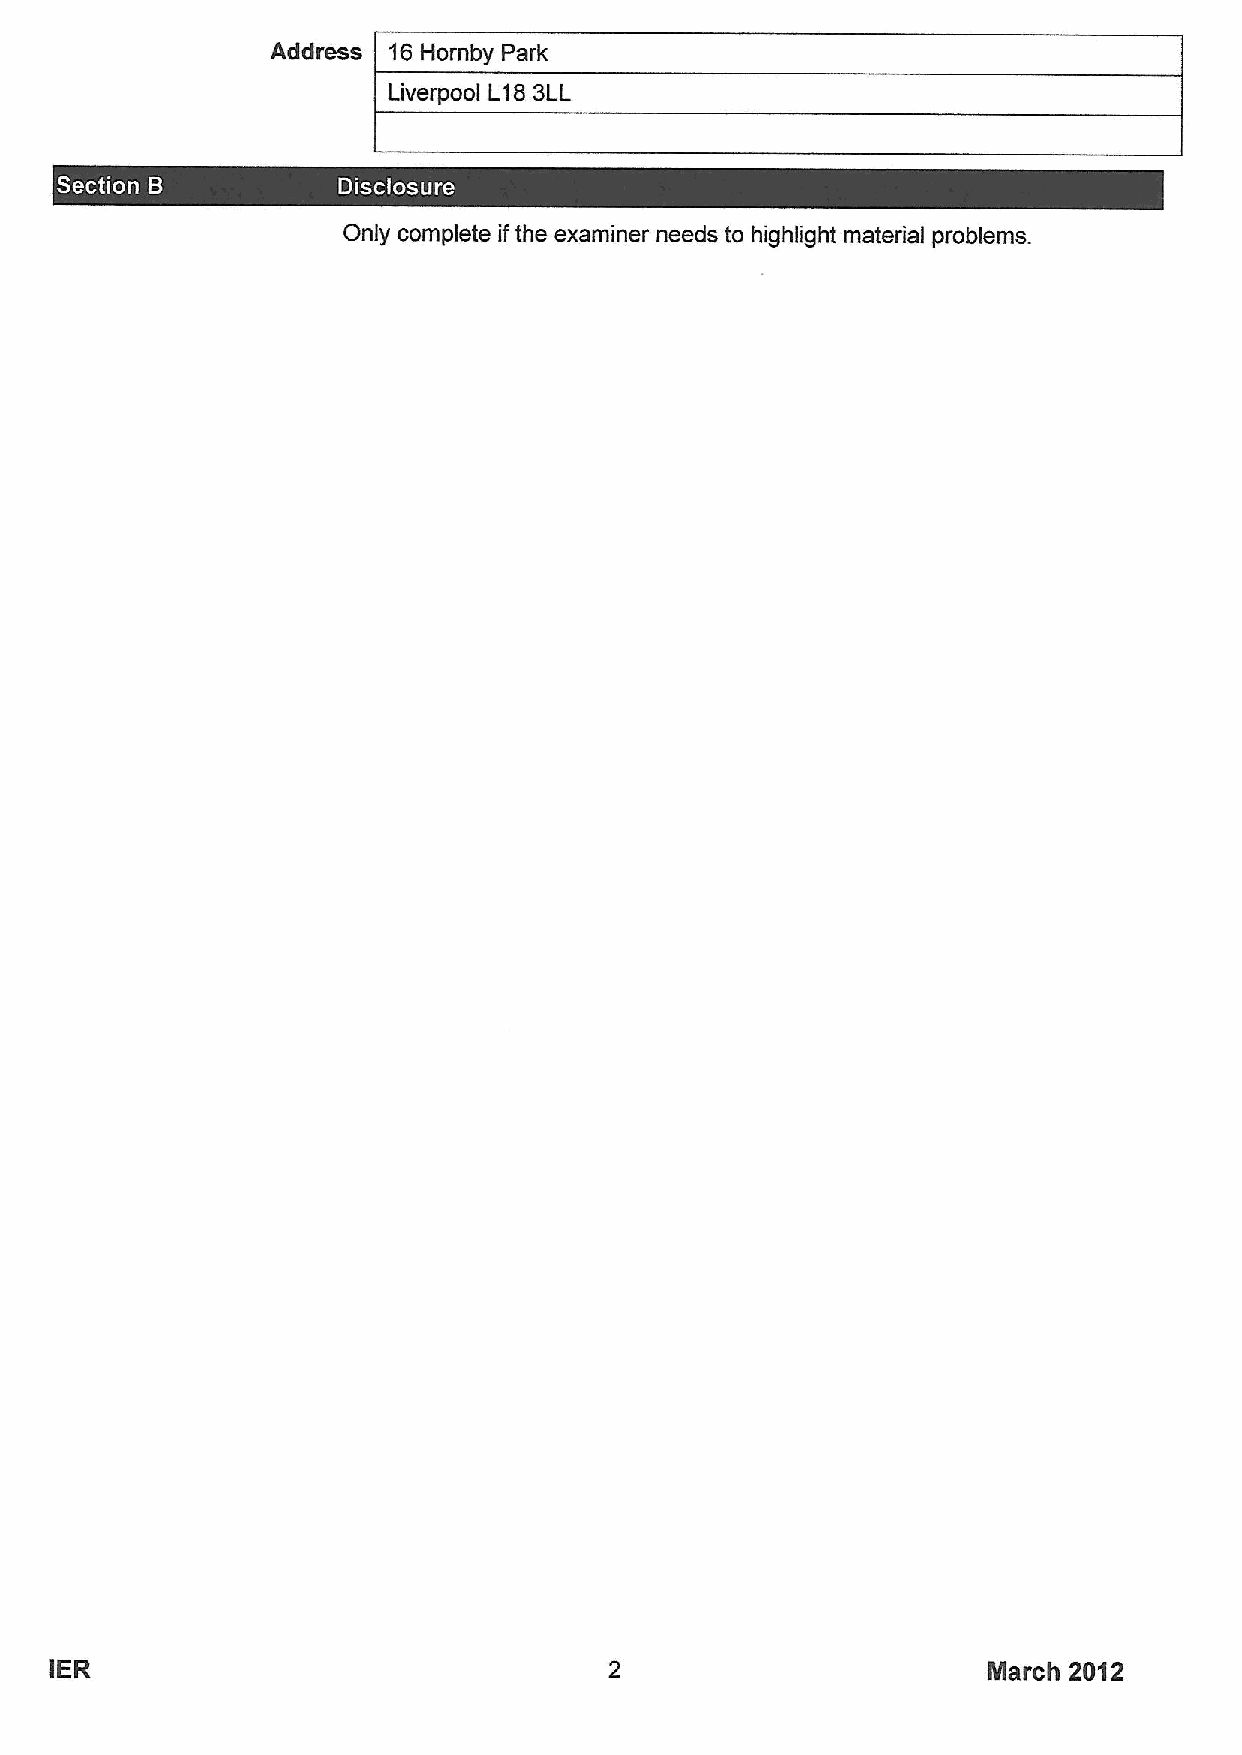
Address 16Hornby Park
 Liverpool L183LL
 ~  ~
 Only complete ifthe examiner needs to highlight material problems.
 IER                                                           March 2012